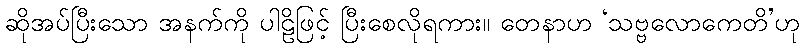
ဆိုအပ်ပြီးသော အနက်ကို ပါဠိဖြင့် ပြီးစေလိုရကား။ တေနာဟ ‘သဗ္ဗလောကေတိ’ဟု